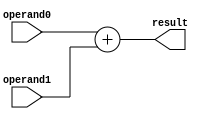
`timescale 10ns / 1ns

module adder (
	input  [7:0] operand0,
	input  [7:0] operand1,
	output [7:0] result
);
	assign result = operand0 + operand1;

endmodule